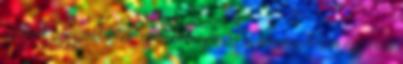
ezeknek a legendáknak az eseményeit. De természetesen egy hívő